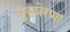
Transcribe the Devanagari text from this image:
युद्धप्रेरणा